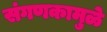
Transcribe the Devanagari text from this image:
संगणकामुळे